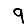
Digit: 9